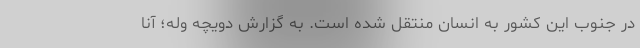
در جنوب این کشور به انسان منتقل شده است. به گزارش دویچه وله؛ آنا